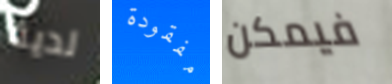
لدية مفقودة فيمكن